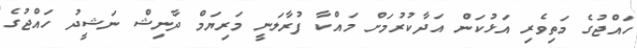
ހައްޖުގެ މަތިވެރި އަޅުކަން އަދާކުރުމަށް މައްކާ ފުރާލަނީ މަރިޔަމް ދާނިޝް ނަޝީދު ހައްޖުގެ